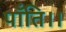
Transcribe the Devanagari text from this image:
पाँति।।